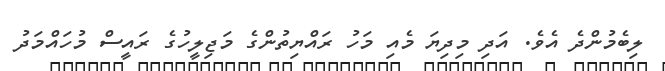
ލިބެމުންދެ އެވެ. އަދި މިދިޔަ މެއި މަހު ރައްޔިތުންގެ މަޖިލީހުގެ ރައީސް މުހައްމަދު